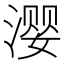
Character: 𰜳